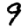
Digit: 9